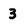
Character: 3